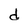
Character: d